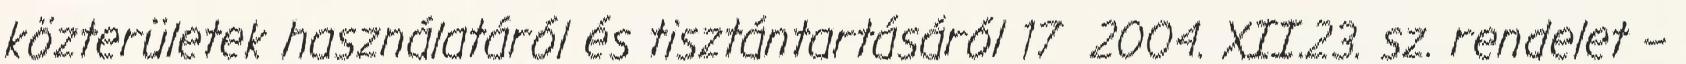
közterületek használatáról és tisztántartásáról 17 2004. XII.23. sz. rendelet –